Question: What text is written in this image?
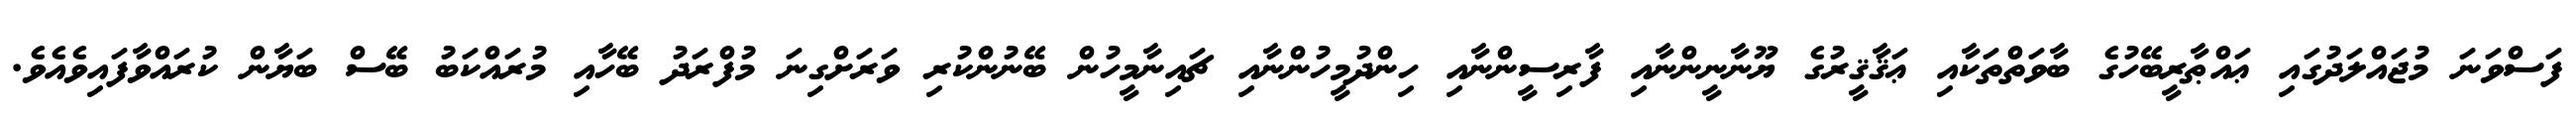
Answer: ފަސްވަނަ މުޖައްލަދުގައި ޢައްޠާރީބޭހުގެ ބާވަތްތަކާއި ޢަޤާޤީރުގެ ޔޫނާނީންނާއި ފާރިސީންނާއި ހިންދުމީހުންނާއި ޗައިނާމީހުން ބޭނުންކުރި ވަރަށްގިނަ މުފްރަދު ބޭހާއި މުރައްކަބު ބޭސް ބަޔާން ކުރައްވާފައިވެއެވެ.